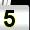
Digit: 5